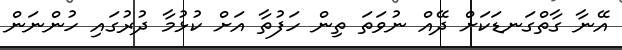
އޭނާ ގާތްގަނޑަކަށް ދޭއް ނުވަތަ ތިން ހަފުތާ އަށް ކުޅުމާ ދުރުގައި ހުންނަން